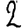
Digit: 2